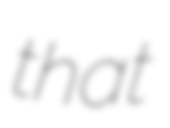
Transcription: that